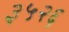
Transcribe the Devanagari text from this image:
३५२६